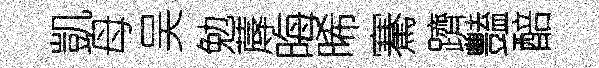
凱母吴勉蓐晦晞騫躋豔醅